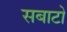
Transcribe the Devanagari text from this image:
सबाटो